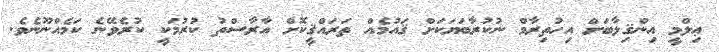
ޢިލްމީ އިންޤިލާބަށް އިހުތިރާމް ނުކުރާބަޔަކަށް ޤައުމެއް ތަރައްޤީކޮށް އާރާސްތު ކުރުމަކީ ކުރެވޭނެ ކަމެއްނޫނެވެ.